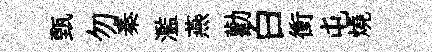
甄勿秦濫燕勸白衝屯燒